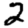
Digit: 2